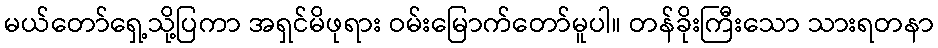
မယ်တော်ရှေ့သို့ပြကာ အရှင်မိဖုရား ဝမ်းမြောက်တော်မူပါ။ တန်ခိုးကြီးသော သားရတနာ